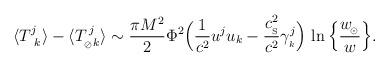
LaTeX: \begin{align*}\langle{T^{j}_{\ k}}\rangle-\langle T^{\,j}_{_{\oslash}k}\rangle \sim{\pi M^2\over 2}\Phi^2\Big({1\over c^2} u^j u_k -{c_{_{\rm S}}^2\over c^2}\gamma^j_{_k}\Big)\,\ln \Big\{ {w_{\!_\odot}\over w} \Big\} . \end{align*}